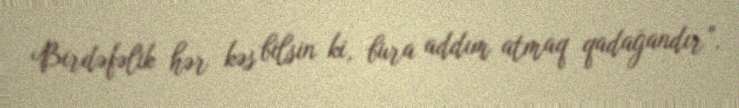
Birdəfəlik hər kəs bilsin ki, bura addım atmaq qadağandır”.